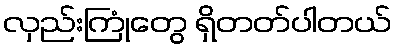
လှည်းကြုံတွေ ရှိတတ်ပါတယ်